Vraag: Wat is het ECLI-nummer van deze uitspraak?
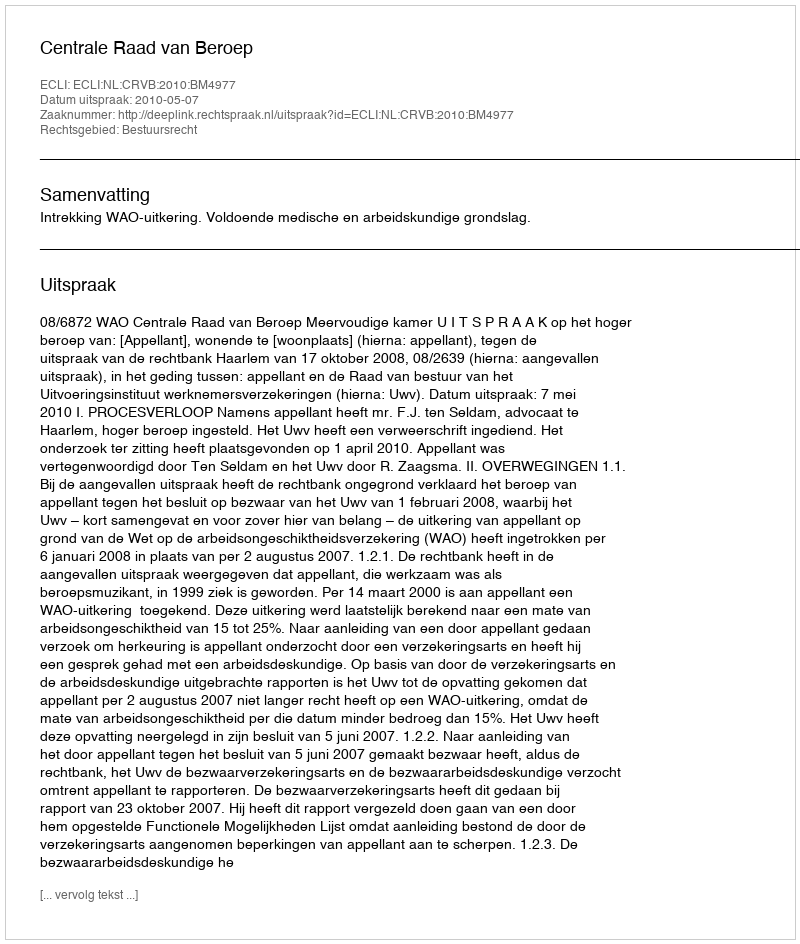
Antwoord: ECLI:NL:CRVB:2010:BM4977